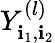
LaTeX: Y_{\mathbf{i}_{1},\mathbf{i}_{2}}^{(l)}